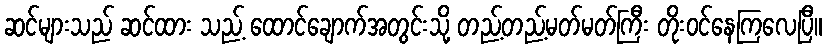
ဆင်များသည် ဆင်ထား သည့် ထောင်ချောက်အတွင်းသို့ တည့်တည့်မတ်မတ်ကြီး တိုးဝင်နေကြလေပြီ။